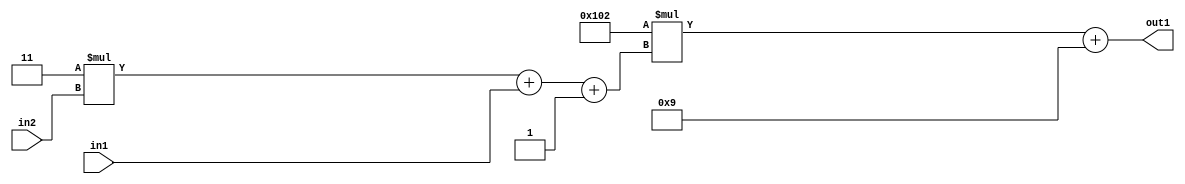
`timescale 1ps / 1ps
/*****************************************************************************
    Verilog RTL Description
    
    
    Created by: Stratus DpOpt 2019.1.01 
*******************************************************************************/

module DC_Filter_Add2i9Mul2i258Add3i1u1Mul2i3u2_1 (
	in2,
	in1,
	out1
	); /* architecture "behavioural" */ 
input [1:0] in2;
input  in1;
output [11:0] out1;
wire [11:0] asc001;
wire [3:0] asc002;

wire [3:0] asc002_tmp_0;
wire [3:0] asc002_tmp_1;
assign asc002_tmp_1 = 
	+(4'B0011 * in2);
assign asc002_tmp_0 = asc002_tmp_1
	+(in1);
assign asc002 = asc002_tmp_0
	+(4'B0001);

wire [11:0] asc001_tmp_2;
assign asc001_tmp_2 = 
	+(12'B000100000010 * asc002);
assign asc001 = asc001_tmp_2
	+(12'B000000001001);

assign out1 = asc001;
endmodule

/* CADENCE  vrP2TwE= : u9/ySgnWtBlWxVPRXgAZ4Og= ** DO NOT EDIT THIS LINE ******/